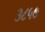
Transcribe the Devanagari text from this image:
३८५७